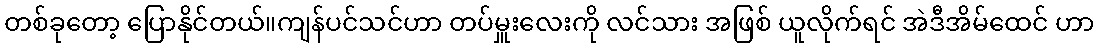
တစ်ခုတော့ ပြောနိုင်တယ်။ကျန်ပင်သင်ဟာ တပ်မှူးလေးကို လင်သား အဖြစ် ယူလိုက်ရင် အဲဒီအိမ်ထေင် ဟာ